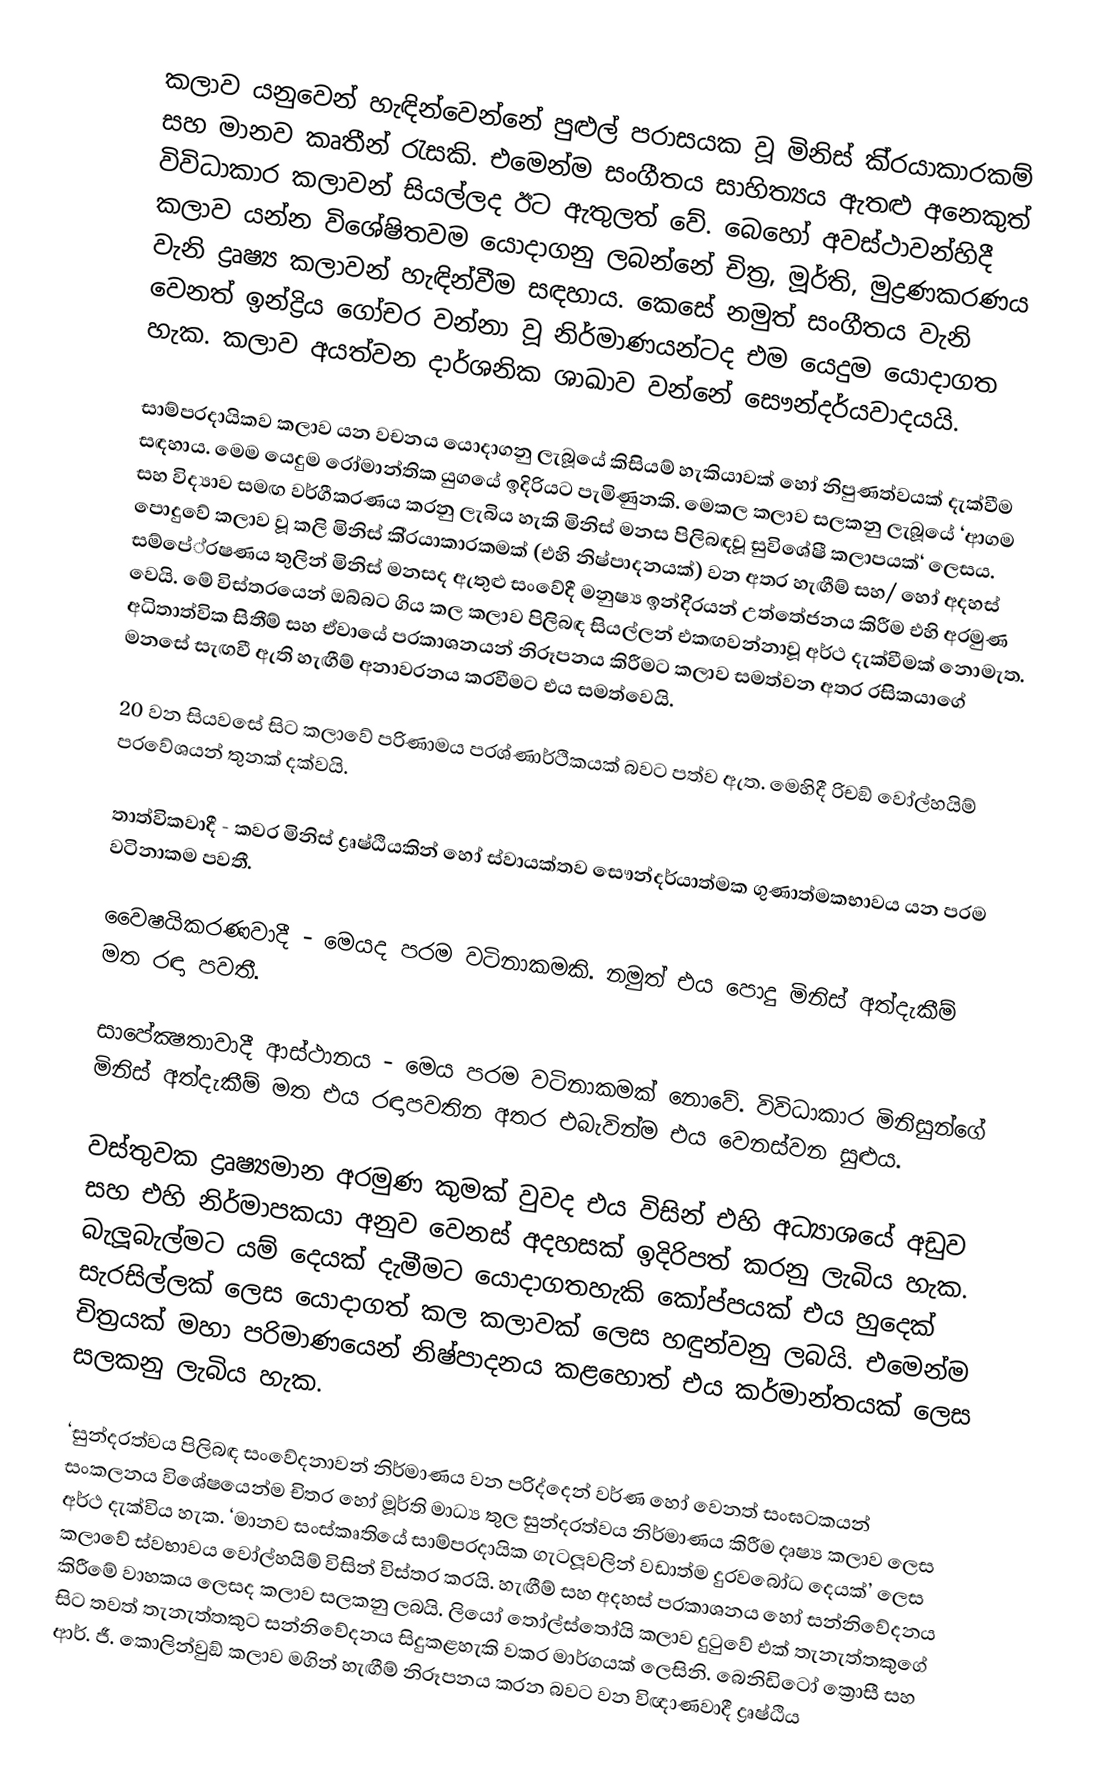
කලාව යනුවෙන් හැඳින්වෙන්නේ පුළුල් පරාසයක වූ මිනිස් කි‍්‍රයාකාරකම් සහ මානව කෘතීන් රැසකි. එමෙන්ම සංගීතය සාහිත්‍යය ඇතළු අනෙකුත් විවිධාකාර කලාවන් සියල්ලද ඊට ඇතුලත් වේ. බෙහෝ අවස්ථාවන්හිදී කලාව යන්න විශේෂිතවම යොදාගනු ලබන්නේ චිත‍්‍ර, මූර්ති, මුද්‍රණකරණය වැනි ද්‍රෘෂ්‍ය කලාවන් හැඳින්වීම සඳහාය. කෙසේ නමුත් සංගීතය වැනි වෙනත් ඉන්ද්‍රිය ගෝචර වන්නා වූ නිර්මාණයන්ටද එම යෙදුම යොදාගත හැක. කලාව අයත්වන දාර්ශනික ශාඛාව වන්නේ සෞන්දර්යවාදයයි.

සාම්ප‍්‍රදායිකව කලාව යන වචනය යොදාගනු ලැබූයේ කිසියම් හැකියාවක් හෝ නිපුණත්වයක් දැක්වීම සඳහාය. මෙම යෙදුම රෝමාන්තික යුගයේ ඉදිරියට පැමිණුනකි. මෙකල කලාව සලකනු ලැබූයේ ‘ආගම සහ විද්‍යාව සමඟ වර්ගීකරණය කරනු ලැබිය හැකි මිනිස් මනස පිලිබඳවූ සුවිශේෂී කලාපයක්‘ ලෙසය. පොදුවේ කලාව වූ කලි මිනිස් කි‍්‍රයාකාරකමක් (එහි නිෂ්පාදනයක්) වන අතර හැඟීම් සහ/ හෝ අදහස් සම්පේ‍්‍රෂණය තුලින් මිනිස් මනසද ඇතුළු සංවේදී මනුෂ්‍ය ඉන්දි‍්‍රයන් උත්තේජනය කිරීම එහි අරමුණ වෙයි. මේ විස්තරයෙන් ඔබ්බට ගිය කල කලාව පිලිබඳ සියල්ලන් එකඟවන්නාවූ අර්ථ දැක්වීමක් නොමැත. අධිතාත්වික සිතීම් සහ ඒවායේ ප‍්‍රකාශනයන් නිරූපනය කිරීමට කලාව සමත්වන අතර රසිකයාගේ මනසේ සැඟවී ඇති හැඟීම් අනාවරනය කරවීමට එය සමත්වෙයි.

20 වන සියවසේ සිට කලාවේ පරිණාමය ප‍්‍රශ්ණාර්ථිකයක් බවට පත්ව ඇත. මෙහිදී රිචඞ් වෝල්හයිම් ප‍්‍රවේශයන් තුනක් දක්වයි.

තාත්විකවාදී - කවර මිනිස් ද්‍රෘෂ්ඨියකින් හෝ ස්වායක්තව සෞන්දර්යාත්මක ගුණාත්මකභාවය යන පරම වටිනාකම පවතී.

වෛෂයිකරණවාදී - මෙයද පරම වටිනාකමකි. නමුත් එය පොදු මිනිස් අත්දැකීම් මත රඳා පවතී.

සාපේක්‍ෂතාවාදී ආස්ථානය - මෙය පරම වටිනාකමක් නොවේ. විවිධාකාර මිනිසුන්ගේ මිනිස් අත්දැකීම් මත එය රඳාපවතින අතර එබැවින්ම එය වෙනස්වන සුළුය.

වස්තුවක ද්‍රෘෂ්‍යමාන අරමුණ කුමක් වුවද එය විසින් එහි අධ්‍යාශයේ අඩුව සහ එහි නිර්මාපකයා අනුව වෙනස් අදහසක් ඉදිරිපත් කරනු ලැබිය හැක. බැලූබැල්මට යම් දෙයක් දැමීමට යොදාගතහැකි කෝප්පයක් එය හුදෙක් සැරසිල්ලක් ලෙස යොදාගත් කල කලාවක් ලෙස හඳුන්වනු ලබයි. එමෙන්ම චිත‍්‍රයක් මහා පරිමාණයෙන් නිෂ්පාදනය කළහොත් එය කර්මාන්තයක් ලෙස සලකනු ලැබිය හැක.

‘සුන්දරත්වය පිලිබඳ සංවේදනාවන් නිර්මාණය වන පරිද්දෙන් වර්ණ හෝ වෙනත් සංඝටකයන් සංකලනය විශේෂයෙන්ම චිත‍්‍ර හෝ මූර්ති මාධ්‍ය තුල සුන්දරත්වය නිර්මාණය කිරීම දෘෂ්‍ය කලාව ලෙස අර්ථ දැක්විය හැක. ‘මානව සංස්කෘතියේ සාම්ප‍්‍රදායික ගැටලූවලින් වඩාත්ම දුරවබෝධ දෙයක්’ ලෙස කලාවේ ස්වභාවය වෝල්හයිම් විසින් විස්තර කරයි. හැඟීම් සහ අදහස් ප‍්‍රකාශනය හෝ සන්නිවේදනය කිරීමේ වාහකය ලෙසද කලාව සලකනු ලබයි. ලියෝ තෝල්ස්තෝයි කලාව දුටුවේ එක් තැනැත්තකුගේ සිට තවත් තැනැත්තකුට සන්නිවේදනය සිදුකළහැකි වක‍්‍ර මාර්ගයක් ලෙසිනි. බෙනිඩිටෝ ක්‍රොසී සහ ආර්. ජී. කොලින්වුඞ් කලාව මගින් හැඟීම් නිරූපනය කරන බවට වන විඥාණවාදී ද්‍රෘෂ්ඨිය